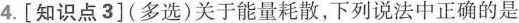
4.[知识点3](多选)关于能量耗散，下列说法中正确的是